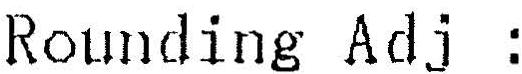
ROUNDING ADJ :